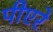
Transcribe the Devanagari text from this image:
पीएरे